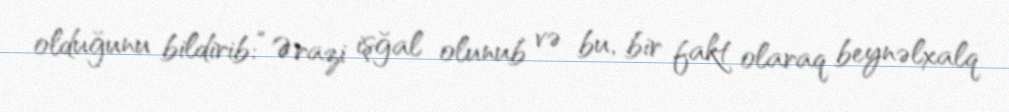
olduğunu bildirib: “Ərazi işğal olunub və bu, bir fakt olaraq beynəlxalq